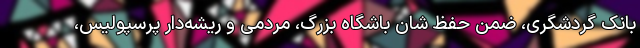
بانک گردشگری، ضمن حفظ شان باشگاه بزرگ، مردمی و ریشه‌دار پرسپولیس،